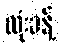
လုံးခန့်